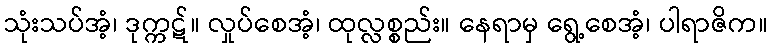
သုံးသပ်အံ့၊ ဒုက္ကဋ်။ လှုပ်စေအံ့၊ ထုလ္လစ္စည်း။ နေရာမှ ရွေ့စေအံ့၊ ပါရာဇိက။